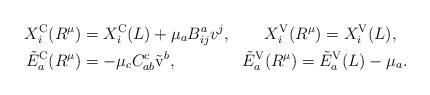
LaTeX: \begin{align*} X_i^{\rm C}(R^\mu)&= X_i^{\rm C}(L) + \mu_a B^a_{ij}v^j , \qquad X_i^{\rm V}(R^\mu) = X_i^{\rm V}(L), \\ {\tilde E}_a^{\rm C}(R^\mu)&= - \mu_c C^c_{ab}{\tilde {\rm v}}^b, \qquad\qquad {\tilde E}_a^{\rm V}(R^\mu) = {\tilde E}_a^{\rm V}(L) - \mu_a. \end{align*}